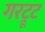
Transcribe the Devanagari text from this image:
गरट्रूट